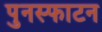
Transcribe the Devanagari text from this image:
पुनस्फाटन